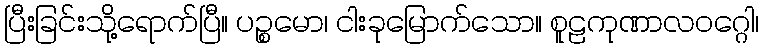
ပြီးခြင်းသို့ရောက်ပြီ။ ပဉ္စမော၊ ငါးခုမြောက်သော။ စူဠကုဏာလဝဂ္ဂေါ၊